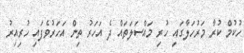
ހުކުމް ކުރާ މަރުހަލާގައި ހުރި މައްސަލަތައް ދެ އަހަރު ތިން އަހަރުވެފައި ހުރިއިރު